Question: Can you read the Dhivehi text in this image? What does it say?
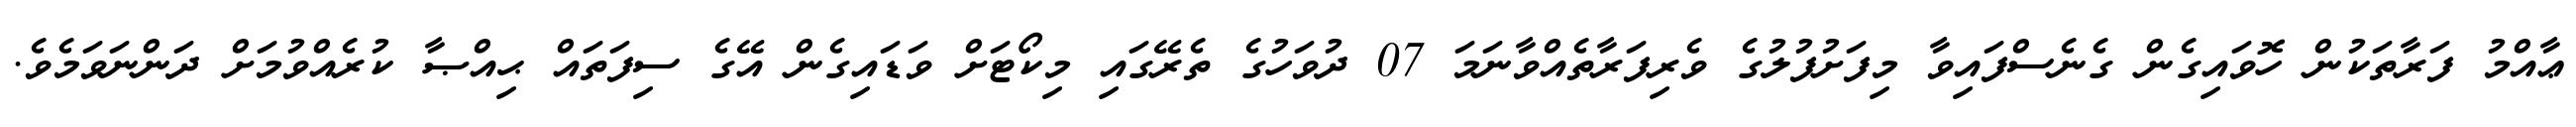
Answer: ޢާއްމު ފަރާތަކުން ހޮވައިގެން ގެނެސްފައިވާ މިފަށުފުލުގެ ވެރިފަރާތެއްވާނަމަ 07 ދުވަހުގެ ތެރޭގައި މިކޯޓަށް ވަޑައިގެން އޭގެ ސިފަތައް ޙިއްޞާ ކުރެއްވުމަށް ދަންނަވަމެވެ.